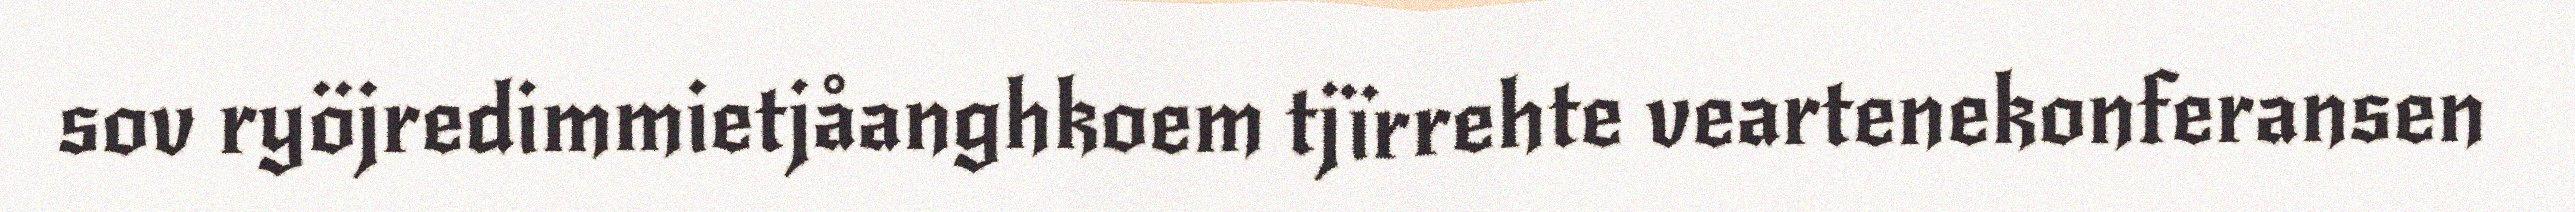
sov ryöjredimmietjåanghkoem tjïrrehte veartenekonferansen